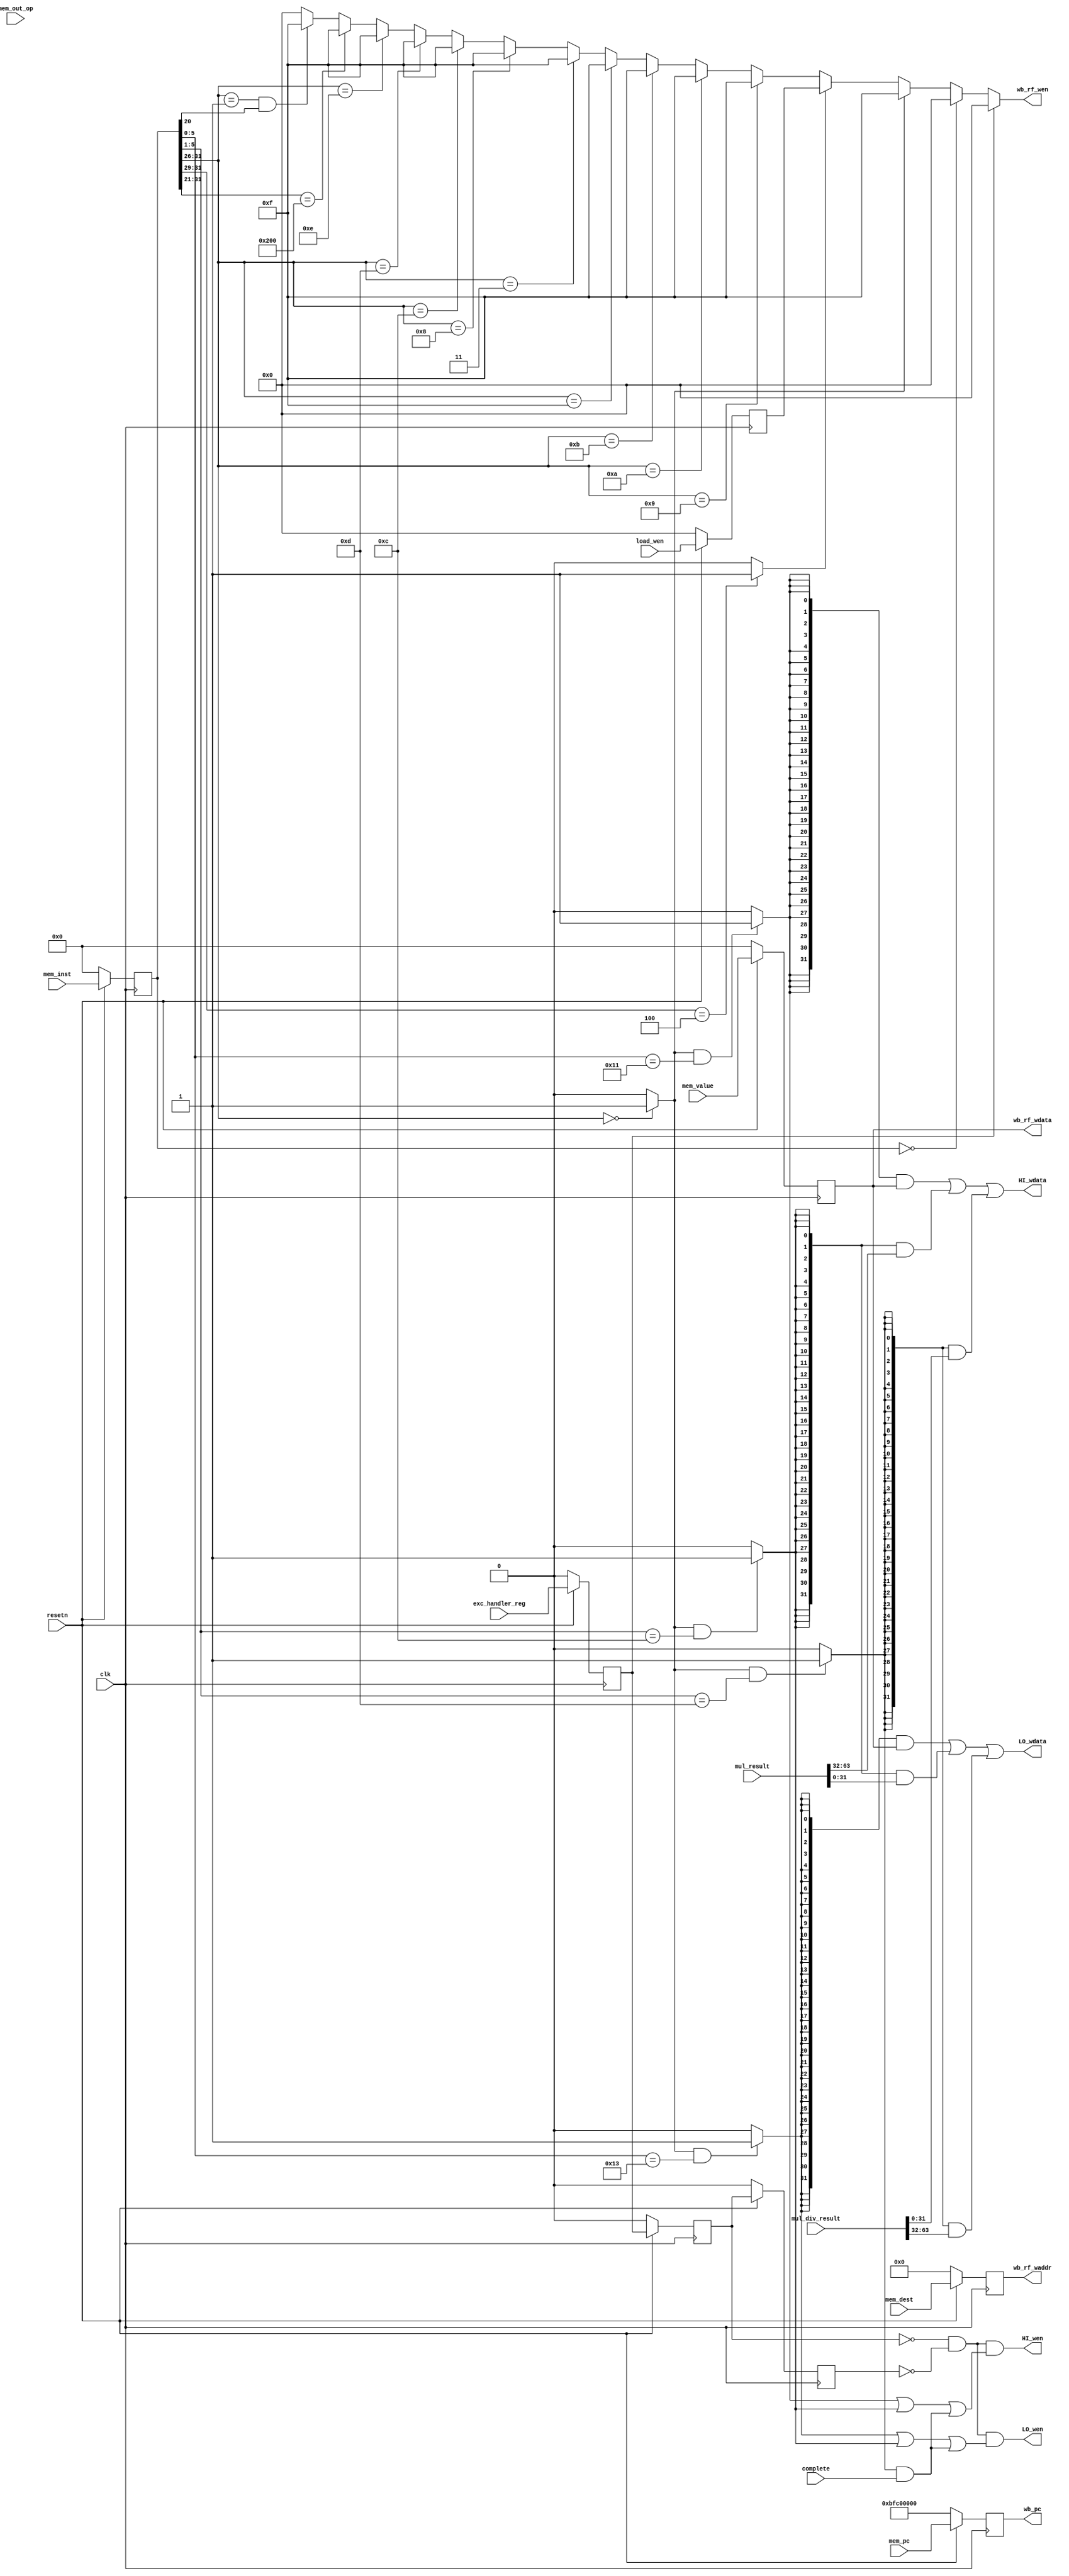

module writeback_stage(
    input  wire        clk,
    input  wire        resetn,

    input  wire [ 2:0] mem_out_op,      //control signals used in WB stage
    input  wire [ 4:0] mem_dest,        //reg num of dest operand
    input  wire [31:0] mem_value,       //mem_stage final result

    output wire [ 3:0] wb_rf_wen,
    output wire [ 4:0] wb_rf_waddr,
    output wire [31:0] wb_rf_wdata,

    input  wire [31:0] mem_pc,          //pc @memory_stage
    input  wire [31:0] mem_inst,        //instr code @memory_stage
    output wire [31:0] wb_pc,

    output wire        HI_wen,
    output wire [31:0] HI_wdata,
    output wire        LO_wen,
    output wire [31:0] LO_wdata,

    input  wire [63:0] mul_result,
    input  wire [63:0] mul_div_result,
    input  wire        complete,
    input  wire [ 3:0] load_wen,
    input  wire        exc_handler_reg
);
    //registers for input signal
    reg [ 2:0] mem_out_op_reg;
    reg [ 4:0] mem_dest_reg;
    reg [31:0] mem_value_reg;
    reg [31:0] mem_pc_reg;
    reg [31:0] mem_inst_reg;
    reg [ 3:0] load_wen_reg;
    reg        exc_handler_reg2;
    reg        exc_handler_reg3;
    reg        exc_handler_reg4;

    always @(posedge clk) begin
      if(~resetn) begin
        mem_out_op_reg <= 3'b0;
        mem_dest_reg <= 5'b0;
        mem_value_reg <= 32'h0;
        mem_pc_reg <= 32'hbfc00000;
        mem_inst_reg <= 32'h0;
        load_wen_reg <= 4'b0;
        exc_handler_reg2 <= 1'b0;
        exc_handler_reg3 <= 1'b0;
        exc_handler_reg4 <= 1'b0;
      end
      else begin
        mem_out_op_reg <= mem_out_op;
        mem_dest_reg <= mem_dest;
        mem_value_reg <= mem_value;
        mem_pc_reg <= mem_pc;
        mem_inst_reg <= mem_inst;
        load_wen_reg <= load_wen;
        exc_handler_reg2 <= exc_handler_reg;
        exc_handler_reg3 <= exc_handler_reg2;
        exc_handler_reg4 <= exc_handler_reg3;
      end
    end

    wire wb_is_rtype;
    wire wb_is_load;
    wire wb_is_cp0;
    wire wb_is_mtc0;
    wire wb_is_mfc0;

    assign wb_is_rtype = (mem_inst_reg[31:26] == 6'b000000) ? 1 : 0;
    assign wb_is_load = (mem_inst_reg[31:29] == 3'b100) ? 1 : 0;
    assign wb_is_cp0 = (mem_inst_reg[31:26] == 6'b010000)? 1 : 0; 
    assign wb_is_mtc0 = (mem_inst_reg[25:21] == 5'b00100)? 1 : 0;
    assign wb_is_mfc0 = (mem_inst_reg[25:21] == 5'b00000)? 1 : 0;

    
    assign wb_rf_wen = (exc_handler_reg2)? 4'b0000:
                       (mem_inst_reg[31:0] == 32'b000000) ? 4'b0000:
                       (wb_is_rtype) ? 4'b1111:   //R-type including JALR
                       (wb_is_load)  ? load_wen_reg:   //LW
                       (mem_inst_reg[31:26] == 6'b001001) ? 4'b1111:   //ADDIU
                       (mem_inst_reg[31:26] == 6'b001010) ? 4'b1111:   //SLTI
                       (mem_inst_reg[31:26] == 6'b001011) ? 4'b1111:   //SLTIU
                       (mem_inst_reg[31:26] == 6'b001111) ? 4'b1111:   //LUI
                       (mem_inst_reg[31:26] == 6'b000011) ? 4'b1111:   //JAL
                       (mem_inst_reg[31:26] == 6'b001000) ? 4'b1111:   //ADDI
                       (mem_inst_reg[31:26] == 6'b001100) ? 4'b1111:   //ANDI
                       (mem_inst_reg[31:26] == 6'b001101) ? 4'b1111:   //ORI
                       (mem_inst_reg[31:26] == 6'b001110) ? 4'b1111:   //XORI
                       (mem_inst_reg[31:21] == 11'b01000000000) ? 4'b1111:       //MFC0
                       (mem_inst_reg[31:26] == 6'b000001 & mem_inst_reg[20]) ? 4'b1111: //BGEZAL and BLTZAL
                                                            4'b0000;

    assign wb_pc = mem_pc_reg;
    assign wb_rf_waddr = mem_dest_reg;            //JAL is considered in de and exe stage
    assign wb_rf_wdata = mem_value_reg;

    wire is_mthi;
    wire is_mtlo;
    wire is_mul;
    wire is_div;

    assign is_mthi = (wb_is_rtype && mem_inst_reg[5:0] == 6'b010001) ? 1 : 0;
    assign is_mtlo = (wb_is_rtype && mem_inst_reg[5:0] == 6'b010011) ? 1 : 0;
    assign is_mul  = (wb_is_rtype && mem_inst_reg[5:1] == 5'b01100)  ? 1 : 0;
    assign is_div  = (wb_is_rtype && mem_inst_reg[5:1] == 5'b01101)  ? 1 : 0;

    assign HI_wen   = (~exc_handler_reg3 && ~exc_handler_reg4)&&(is_mthi | is_mul | (is_div & complete));
    assign LO_wen   = (~exc_handler_reg3 && ~exc_handler_reg4)&&(is_mtlo | is_mul | (is_div & complete));
    assign HI_wdata = ({32{is_mthi}} & mem_value_reg) | ({32{is_mul}} & mul_result[63:32]) | ({32{is_div}} & mul_div_result[31: 0]);
    assign LO_wdata = ({32{is_mtlo}} & mem_value_reg) | ({32{is_mul}} & mul_result[31: 0]) | ({32{is_div}} & mul_div_result[63:32]);
endmodule //writeback_stage